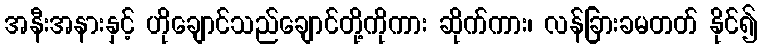
အနီးအနားနှင့် ဟိုချောင်သည်ချောင်တို့ကိုကား ဆိုက်ကား၊ လန်ခြားခမတတ် နိုင်၍